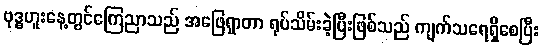
ဗုဒ္ဓဟူးနေ့တွင်ကြေညာသည် အဖြေရှာတာ ရုပ်သိမ်းခဲ့ပြီးဖြစ်သည် ကျက်သရေရှိစေပြီး